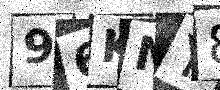
Text: 96KNY8